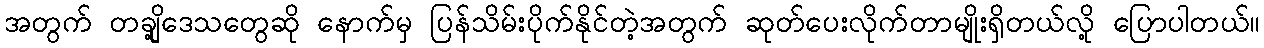
အတွက် တချို့ဒေသတွေဆို နောက်မှ ပြန်သိမ်းပိုက်နိုင်တဲ့အတွက် ဆုတ်ပေးလိုက်တာမျိုးရှိတယ်လို့ ပြောပါတယ်။